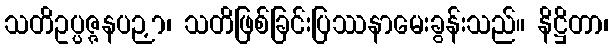
သတိဥပ္ပဇ္ဇနပဉှာ၊ သတိဖြစ်ခြင်းပြဿနာမေးခွန်းသည်။ နိဋ္ဌိတာ၊